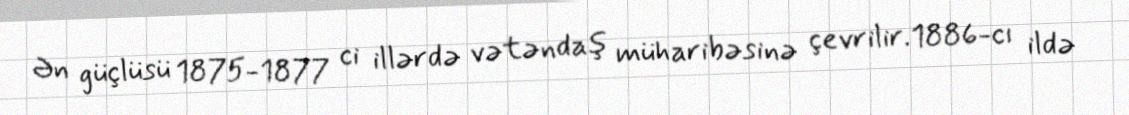
Ən güçlüsü 1875-1877 ci illərdə vətəndaş müharibəsinə çevrilir.1886-cı ildə